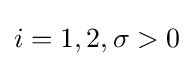
i=1,2,\sigma >0